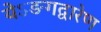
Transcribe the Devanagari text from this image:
येऽङगद्वारेण